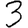
Digit: 3